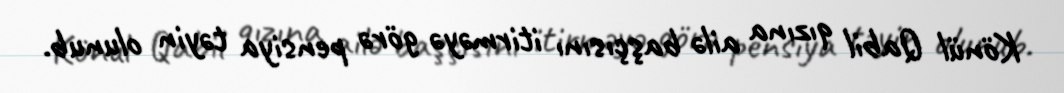
Könül Qabil qızına ailə başçısını itirməyə görə pensiya təyin olunub.